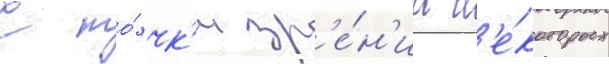
С то́чк'и зр'е́н'иа н'е́которых